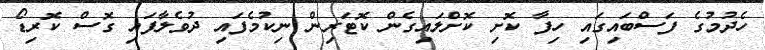
ހެދުމުގެ ފަސްބައިގައި ހިފާ ކޮށި ކޮށްލައިގެން ކޮޓަރިން ނިކުމެފައި ދުވެލާފައި ގޮސް ކޮރިޑޯ